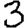
Digit: 3